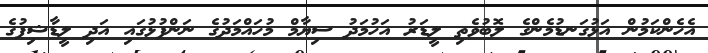
އެހެންކަމުން އަޅުގަނޑުމެންގެ ލޮބުވެތި ލީޑަރު އަހުމަދު ސިޔާމް މުހައްމަދުގެ ނަންފުޅުގަައި އަދި ލީޑާޝިޕުގެ